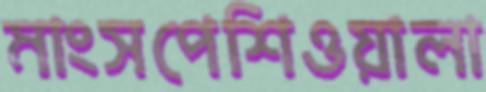
মাংসপেশিওয়ালা